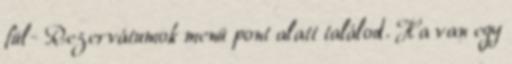
fül- Rezervátumok menü pont alatt találod. Ha van egy